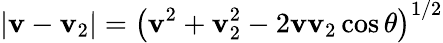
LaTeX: |\mathbf{v}-\mathbf{v}_{2}|=\left(\mathbf{v}^{2}+\mathbf{v}_{2}^{2}-2\mathbf{v}\mathbf{v}_{2}\cos\theta\right)^{1/2}